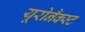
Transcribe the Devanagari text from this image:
यूरोनैक्स्ट